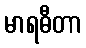
မာရဓီတာ